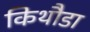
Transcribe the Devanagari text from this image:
किथौडा